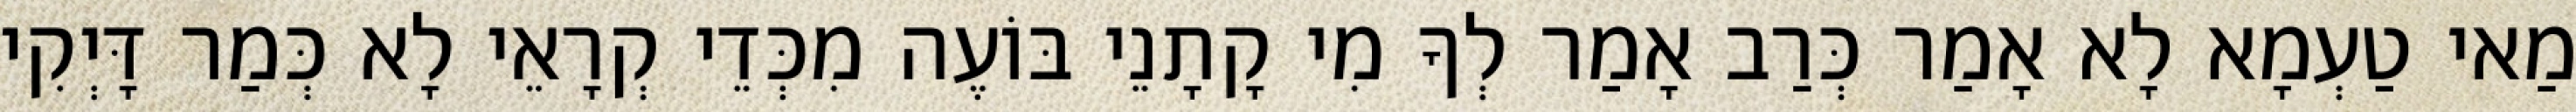
מַאי טַעְמָא לָא אָמַר כְּרַב אָמַר לְךָ מִי קָתָנֵי בּוֹעֶה מִכְּדֵי קְרָאֵי לָא כְּמַר דָּיְקִי